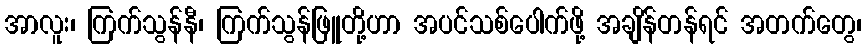
အာလူး၊ ကြက်သွန်နီ၊ ကြက်သွန်ဖြူတို့ဟာ အပင်သစ်ပေါက်ဖို့ အချိန်တန်ရင် အတက်တွေ၊